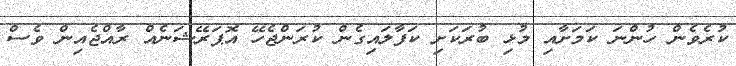
ކުރެެވެން ހުންނަ ކަމަށާއި މުޅި ބުރަކަށި ކަފާލައިގެން ކުރަންޖެހޭ އޮޕަރޭޝަނެއް ރާއްޖެއިން ވެސް